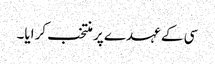
سی کے عہدے پر منتخب کرایا۔